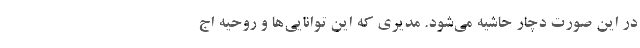
در این صورت دچار حاشیه می‌شود. مدیری که این توانایی‌ها و روحیه اج